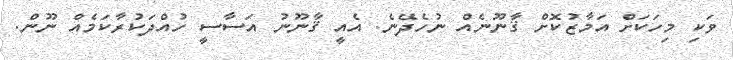
ވަކި މިހަކަށް އަމާޒުކޮށް ޤާނޫނެއް ނުހެދޭނެ. އެއީ ޤާނޫނު އަސާސީ ހުއްދަކުރާކަމެއް ނޫން.